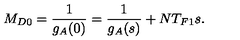
M _ { D 0 } = \frac { 1 } { g _ { A } ( 0 ) } = \frac { 1 } { g _ { A } ( s ) } + N T _ { F 1 } s .